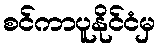
စင်ကာပူနိုင်ငံမှ